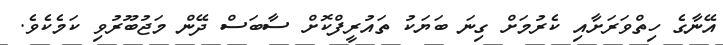
އޭނާގެ ހިތްވަރަށާއި ކެރުމަށް ގިނަ ބަޔަކު ތައުރީފްކޮށް ސާބަސް ދޭން މަޖުބޫރުވި ކަމެކެވެ.